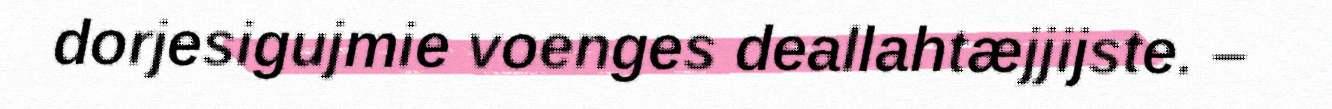
dorjesigujmie voenges deallahtæjjijste. –